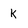
Character: k